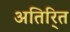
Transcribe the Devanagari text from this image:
अतिरि्‍त